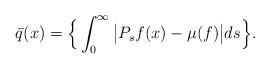
LaTeX: \begin{align*}\bar q(x) = \Big\{ \int_0^\infty \big|P_s f(x) - \mu(f)\big| ds \Big\}.\end{align*}